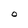
Character: O